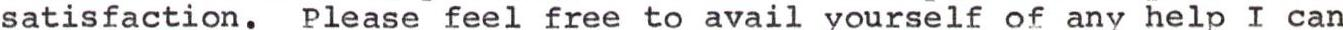
satisfaction. please feel free to avail yourself of any help I can